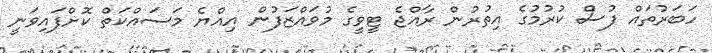
ހަބަރުތައް ފުސް ކުރުމުގެ އިތުރުން ރާއްޖެ ޓީވީގެ މުވައްޒަފުން އިއްޔެ މަސައްކަތް ކޮށްފައިވަނީ